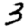
Digit: 3